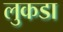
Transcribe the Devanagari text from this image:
लुकडा